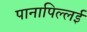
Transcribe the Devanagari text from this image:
पानापिल्लई